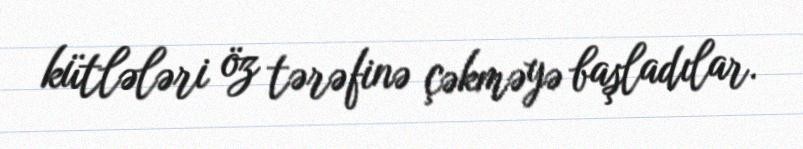
kütlələri öz tərəfinə çəkməyə başladılar.